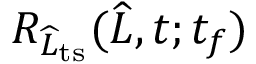
R _ { \widehat { L } _ { \mathrm { t s } } } ( \widehat { L } , t ; t _ { f } )